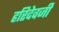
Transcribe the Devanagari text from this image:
हरिदेवजी